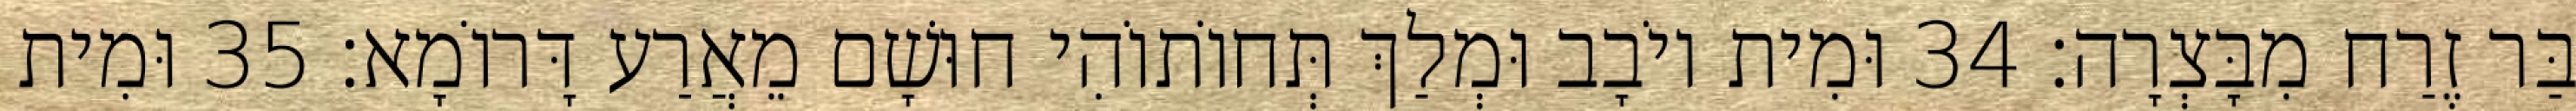
בַּר זֶרַח מִבָּצְרָה׃ 34 וּמִית יוֹבָב וּמְלַךְ תְּחוֹתוֹהִי חוּשָׁם מֵאֲרַע דָּרוֹמָא׃ 35 וּמִית